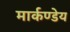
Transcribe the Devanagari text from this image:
मार्कण्‍डेय